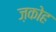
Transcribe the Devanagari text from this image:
ज़कोह